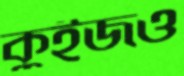
কুইজও